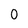
Character: 0